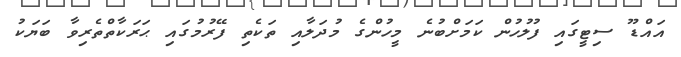
އައްޑޫ ސިޓީގައި ފުލުހުން ކަމަށްބުނެ މީހުންގެ މުދަލާއި ތަކެތި ފޭރުމުގައި ޙަރަކާތްތެރިވާ ބަޔަކު